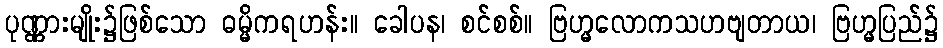
ပုဏ္ဏားမျိုး၌ဖြစ်သော ဓမ္မိကရဟန်း။ ခေါပန၊ စင်စစ်။ ဗြဟ္မလောကသဟဗျတာယ၊ ဗြဟ္မပြည်၌